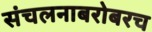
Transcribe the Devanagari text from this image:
संचलनाबरोबरच